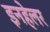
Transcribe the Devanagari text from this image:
इनहेलर